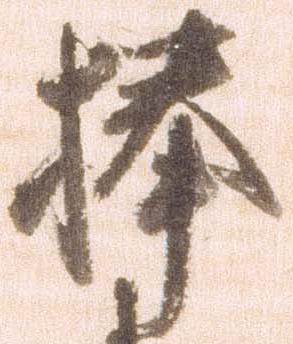
捧